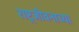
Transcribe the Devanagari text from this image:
राष्ट्रजीवनाच्या